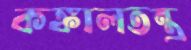
কঙ্কালতন্ত্র